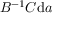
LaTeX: B ^ { - 1 } C { \mathrm { d } } a